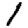
Digit: 1